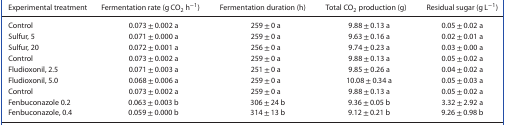
<table><thead><tr><td><b>Experimental treatment</b></td><td><b>Fermentation rate (g CO<sub>2</sub> h<sup>−1</sup>)</b></td><td><b>Fermentation duration (h)</b></td><td><b>Total CO<sub>2</sub> production (g)</b></td><td><b>Residual sugar (g L<sup>−1</sup>)</b></td></tr></thead><tbody><tr><td>Control</td><td>0.073 ± 0.002 a</td><td>259 ± 0 a</td><td>9.88 ± 0.13 a</td><td>0.05 ± 0.02 a</td></tr><tr><td>Sulfur, 5</td><td>0.071 ± 0.000 a</td><td>259 ± 0 a</td><td>9.63 ± 0.16 a</td><td>0.02 ± 0.01 a</td></tr><tr><td>Sulfur, 20</td><td>0.072 ± 0.001 a</td><td>256 ± 0 a</td><td>9.74 ± 0.23 a</td><td>0.03 ± 0.00 a</td></tr><tr><td>Control</td><td>0.073 ± 0.002 a</td><td>259 ± 0 a</td><td>9.88 ± 0.13 a</td><td>0.05 ± 0.02 a</td></tr><tr><td>Fludioxonil, 2.5</td><td>0.071 ± 0.003 a</td><td>251 ± 0 a</td><td>9.85 ± 0.26 a</td><td>0.04 ± 0.02 a</td></tr><tr><td>Fludioxonil, 5.0</td><td>0.068 ± 0.006 a</td><td>259 ± 0 a</td><td>10.08 ± 0.34 a</td><td>0.05 ± 0.03 a</td></tr><tr><td>Control</td><td>0.073 ± 0.002 a</td><td>259 ± 0 a</td><td>9.88 ± 0.13 a</td><td>0.05 ± 0.02 a</td></tr><tr><td>Fenbuconazole 0.2</td><td>0.063 ± 0.003 b</td><td> 306 ± 24 b</td><td>9.36 ± 0.05 b</td><td>3.32 ± 2.92 a</td></tr><tr><td>Fenbuconazole, 0.4</td><td>0.059 ± 0.000 b</td><td> 314 ± 13 b</td><td>9.12 ± 0.21 b</td><td>9.26 ± 0.98 b</td></tr></tbody></table>